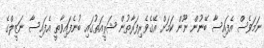
ނަމަވެސް އެފައިސާ ބޭނުން ނޫން ކަމަށް އޭގެވެރިފަރާތުން ޝަރީއަތުގައި ބުނެފައިވާތީ އެފައިސާ ނަޒީލްގެ